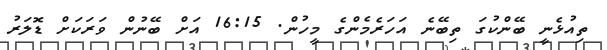
ތިއުޅެނީ ބޭންކުގަ ތިބޭނެ އަހަރެމެންގެ މީހުން. 16:15 އަށް ބޭނުން ވަރަކަށް ޑޮލަރު